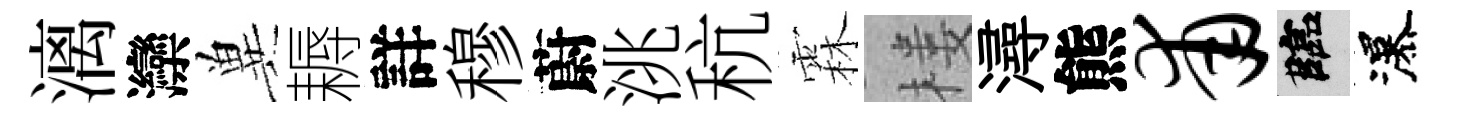
漓灤兾耨詳穆蔚洮秔霖楼潯熊甫臨瀑